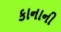
કાનાની